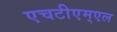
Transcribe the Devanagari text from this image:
एचटीएम्एल